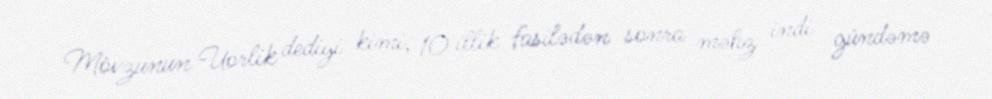
Mövzunun Uorlik dediyi kimi, 10 illik fasilədən sonra məhz indi gündəmə